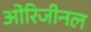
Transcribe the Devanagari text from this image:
ओरिजीनल